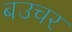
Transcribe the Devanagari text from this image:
बउचर